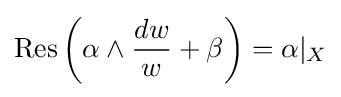
\operatorname {Res} \left(\alpha \wedge {\frac {dw}{w}}+\beta \right)=\alpha |_{X}